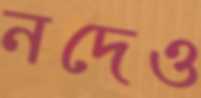
নদেও